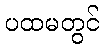
ပထမတွင်